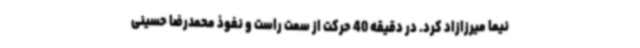
نیما میرزازاد کرد. در دقیقه 40 حرکت از سمت راست و نفوذ محمدرضا حسینی